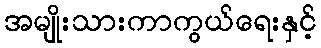
အမျိုးသားကာကွယ်ရေးနှင့်